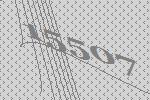
15507